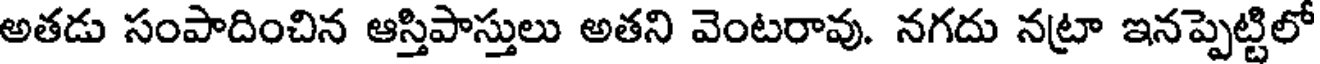
అతడు సంపాదించిన ఆస్తిపాస్తులు అతని వెంటరావు. నగదు నట్రా ఇనప్పెట్టిలో